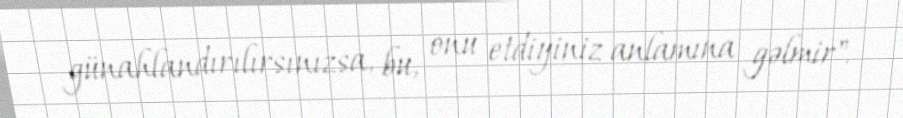
günahlandırılırsınızsa, bu, onu etdiyiniz anlamına gəlmir".